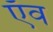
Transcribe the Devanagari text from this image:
ऍव